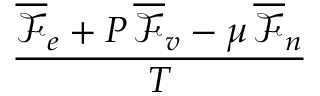
\frac { \overline { \mathcal { F } } _ { e } + P \, \overline { \mathcal { F } } _ { v } - \mu \, \overline { \mathcal { F } } _ { n } } { T }